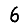
Digit: 6